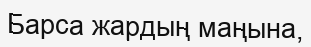
Барса жардың маңына,